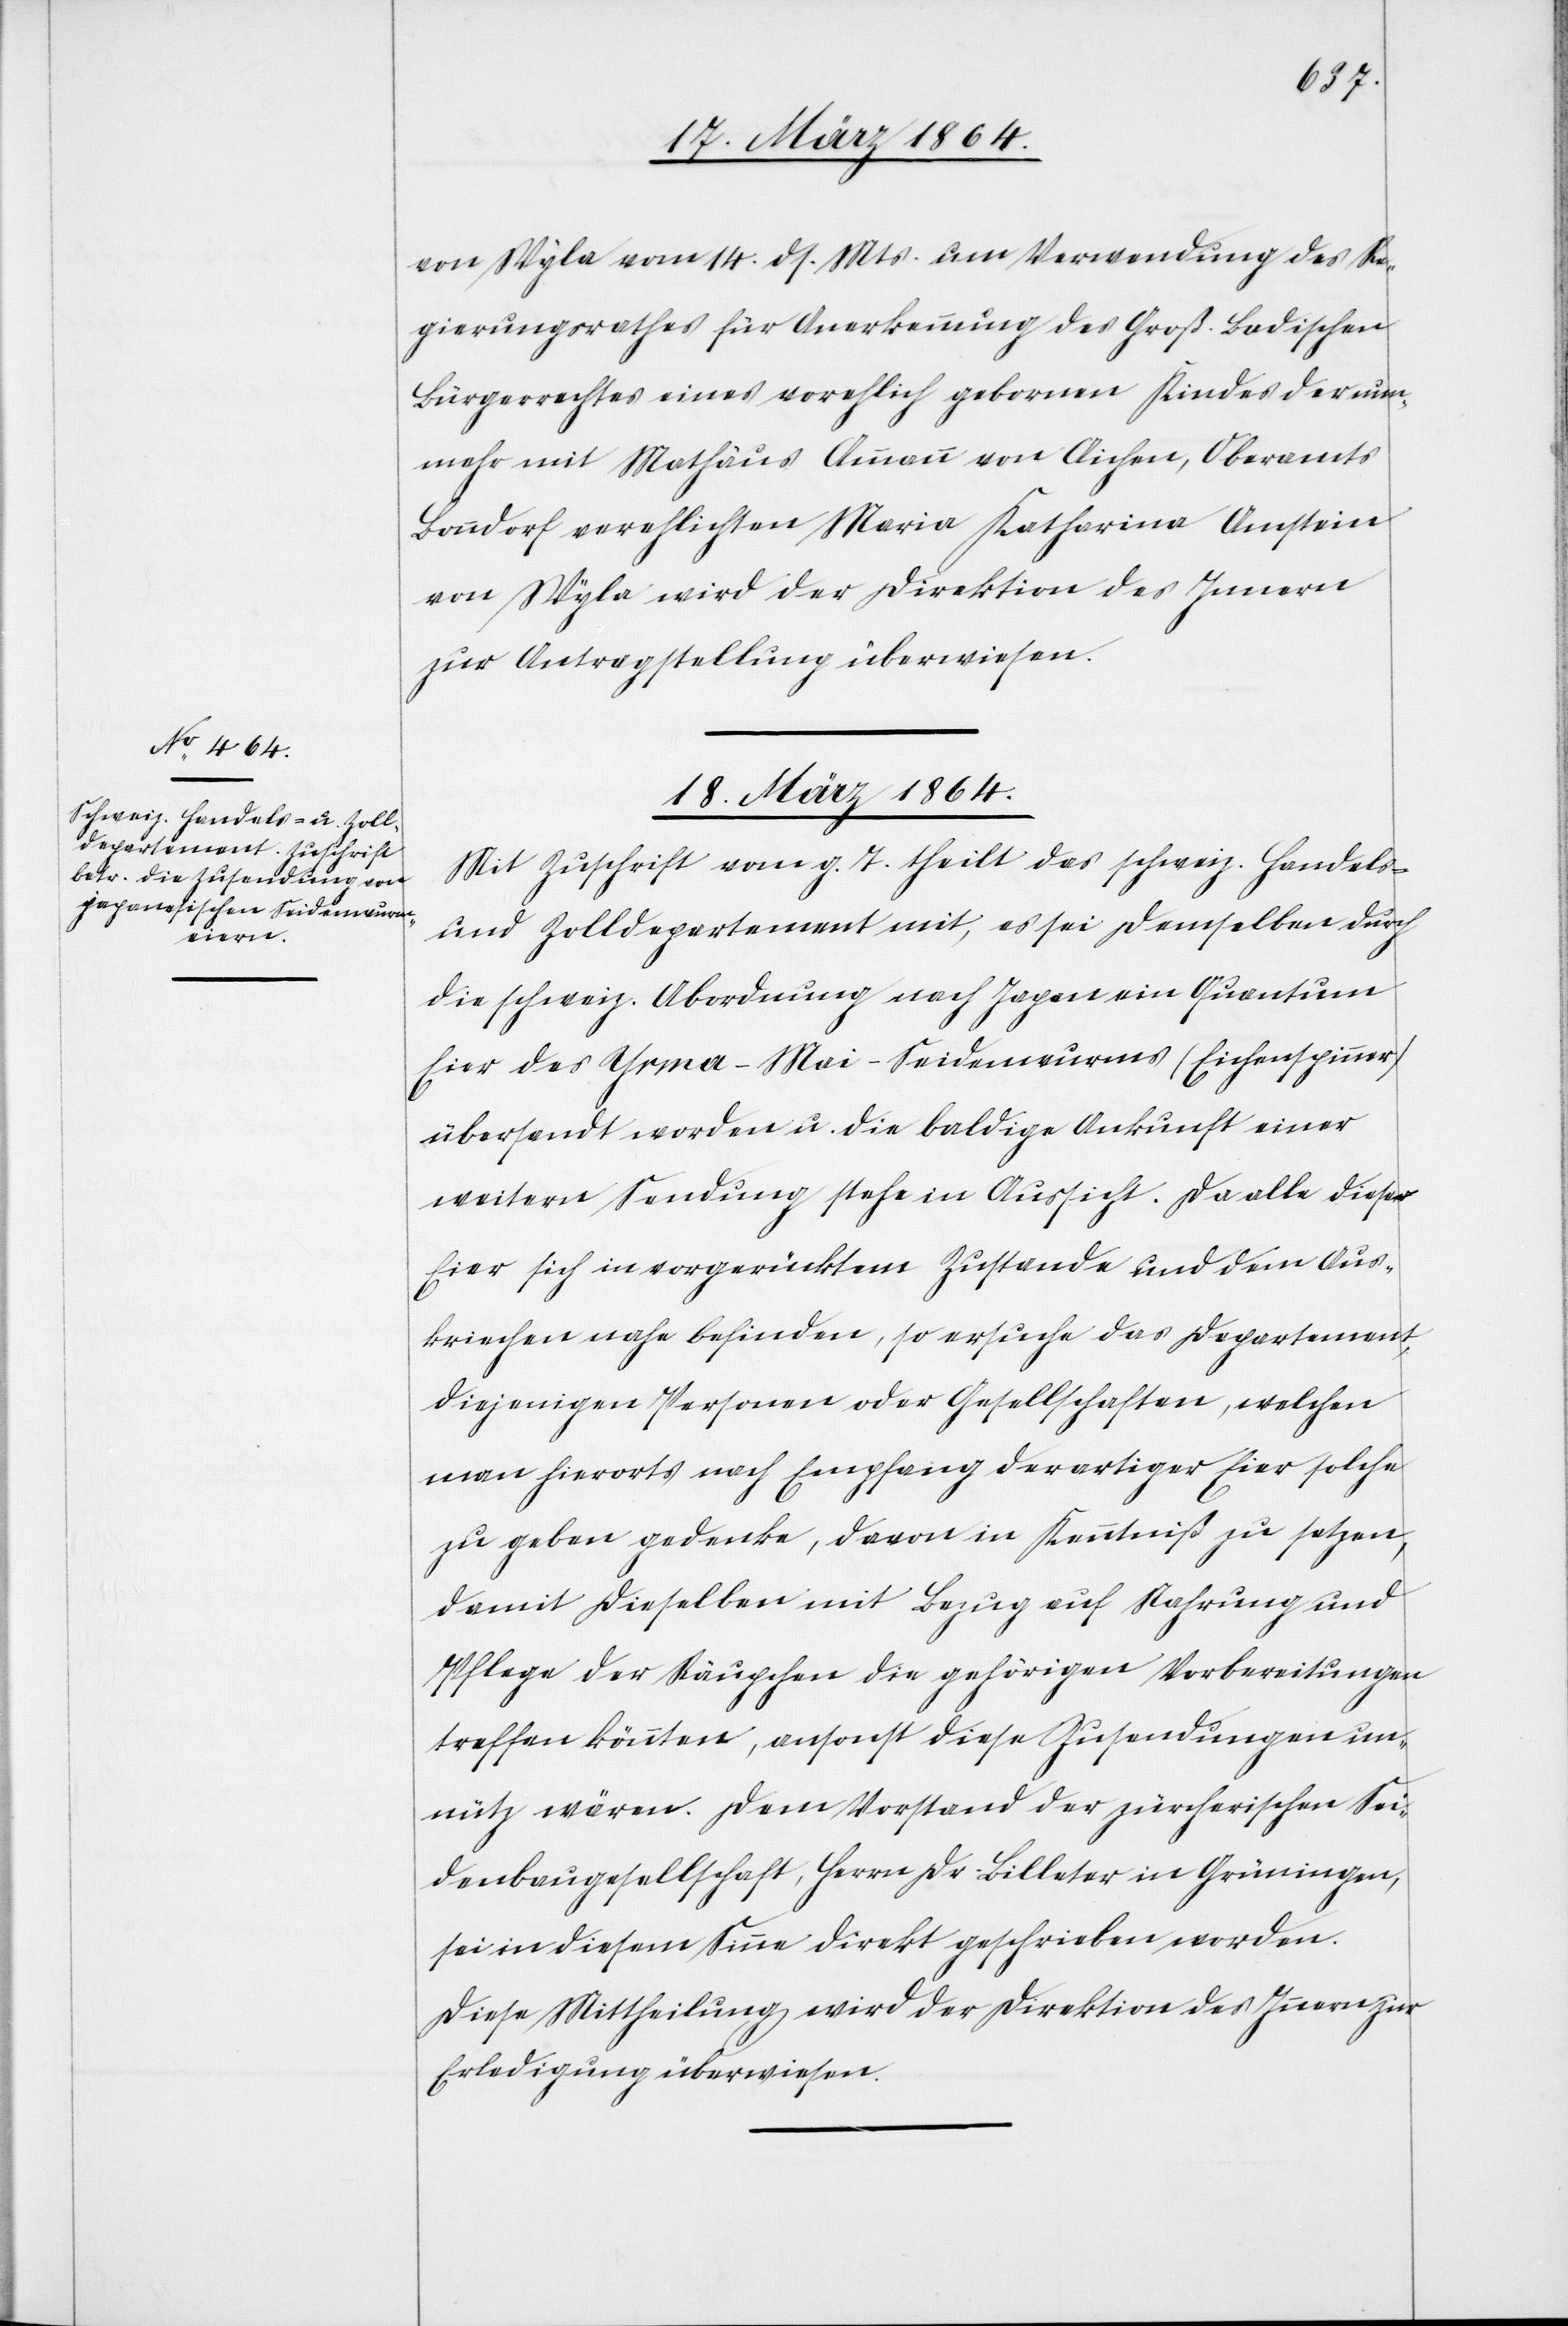
von Wyla vom 14. ds. Mts. um Verwendung des Re¬
gierungsrathes für Anerkennung des Groß. Badischen
Bürgerrechtes eines vorehlich gebornen Kindes der nun¬
mehr mit Mathäus Ammann von Aichen, Oberamts
Bonndorf verehelichten Maria Katharina Amstein
von Wyla wird der Direktion des Innern
zur Antragstellung überwiesen.
18. März 1864.
Mit Zuschrift vom g. T. theilt das schweiz. Handels-
und Zolldepartement mit, es sei demselben durch
die schweiz. Abordnung nach Japan ein Quantum
Eier des Yrma-Mai-Seidenwurms (Eichenspinner)
übersandt worden u. die baldige Ankunft einer
weitern Sendung stehe in Aussicht. Da alle dieser
Eier sich in vorgerücktem Zustande und dem Aus¬
kriechen nahe befinden, so ersuche das Departement,
diejenigen Personen oder Gesellschaften, welchen
man hierorts nach Empfang derartiger Eier solche
zu geben gedenke, davon in Kenntniß zu setzen,
damit dieselben mit Bezug auf Nahrung und
Pflege der Räupchen die gehörigen Vorbereitungen
treffen könnten, ansonst diese Zusendungen un¬
nütz wären. Dem Vorstand der zürcherischen Sei¬
denbaugesellschaft, Herrn Dr. Billeter in Grüningen,
sei in diesem Sinne direkt geschrieben worden.
Diese Mittheilung wird der Direktion des Innern zur
Erledigung überwiesen.